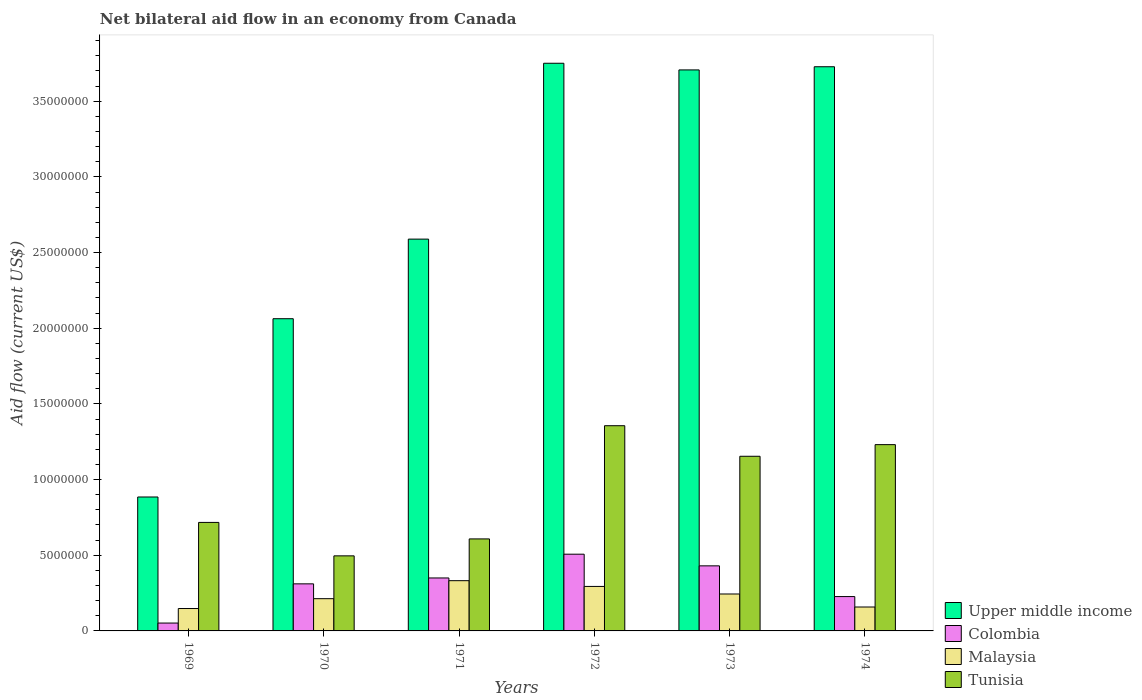
| Years | Upper middle income | Colombia | Malaysia | Tunisia |
 | --- | --- | --- | --- | --- |
 | 1969 | 8.85e+06 | 5.2e+05 | 1.48e+06 | 7.17e+06 |
 | 1970 | 2.06e+07 | 3.11e+06 | 2.13e+06 | 4.96e+06 |
 | 1971 | 2.59e+07 | 3.5e+06 | 3.32e+06 | 6.08e+06 |
 | 1972 | 3.75e+07 | 5.07e+06 | 2.94e+06 | 1.36e+07 |
 | 1973 | 3.71e+07 | 4.3e+06 | 2.44e+06 | 1.15e+07 |
 | 1974 | 3.73e+07 | 2.27e+06 | 1.58e+06 | 1.23e+07 |